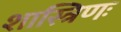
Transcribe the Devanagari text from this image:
शास्त्रिणः